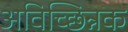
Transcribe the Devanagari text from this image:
अविच्छिन्नक